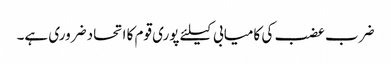
ضرب عضب کی کامیابی کیلئے پوری قوم کا اتحاد ضروری ہے۔